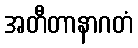
အတီတာနာဂတံ